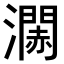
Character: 𤁹